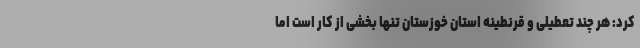
کرد: هر چند تعطیلی و قرنطینه استان خوزستان تنها بخشی از کار است اما